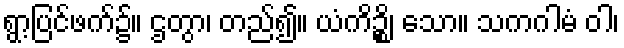
ရွာ့ပြင်ဖက်၌။ ဌတွာ၊ တည်၍။ ယံကိဉ္စိ၊ သော။ သကဂါမံ ဝါ၊